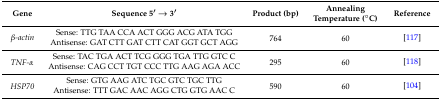
| Gene | Sequence 5′ → 3′ | Product (bp) | Annealing Temperature (°C) | Reference |
 | --- | --- | --- | --- | --- |
 | <ROWSPAN=2> β-actin | Sense: TTG TAA CCA ACT GGG ACG ATA TGG | <ROWSPAN=2> 764 | <ROWSPAN=2> 60 | <ROWSPAN=2> [117] |
 | Antisense: GAT CTT GAT CTT CAT GGT GCT AGG |
 | <ROWSPAN=2> TNF-α | Sense: TAC TGA ACT TCG GGG TGA TTG GTC C | <ROWSPAN=2> 295 | <ROWSPAN=2> 60 | <ROWSPAN=2> [118] |
 | Antisense: CAG CCT TGT CCC TTG AAG AGA ACC |
 | <ROWSPAN=2> HSP70 | Sense: GTG AAG ATC TGC GTC TGC TTG | <ROWSPAN=2> 590 | <ROWSPAN=2> 60 | <ROWSPAN=2> [104] |
 | Antisense: TTT GAC AAC AGG CTG GTG AAC C |